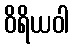
ဝိရိယဝါ